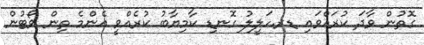
ގޮތުން ވާދަ ކުރައްވައި ޑރ.ހަލީލު ގޮނޑި ކާމިޔާބު ކުރެއްވީ އެންމެ ތިން ވޯޓުން